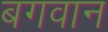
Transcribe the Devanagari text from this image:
बगवान